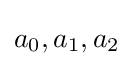
a_{0},a_{1},a_{2}